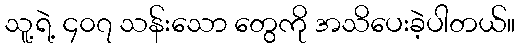
သူ့ရဲ့ ၄၀၇ သန်းသော တွေကို အသိပေးခဲ့ပါတယ်။